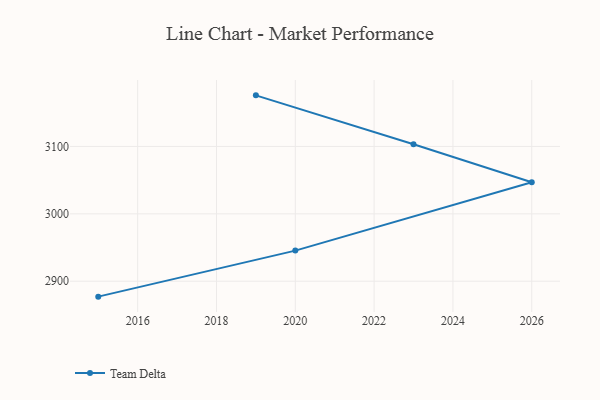
{"axis": {"x": "Year", "y": "Demand Index"}, "legend": ["Team Delta"], "data": [{"x": "2019", "y": 3175.8, "type": "Team Delta"}, {"x": "2023", "y": 3103.3, "type": "Team Delta"}, {"x": "2026", "y": 3046.9, "type": "Team Delta"}, {"x": "2020", "y": 2945.4, "type": "Team Delta"}, {"x": "2015", "y": 2877.1, "type": "Team Delta"}]}